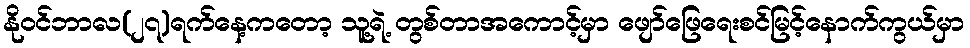
နိုဝင်ဘာလ(၂၇)ရက်နေ့ကတော့ သူ့ရဲ့ တွစ်တာအကောင့်မှာ ဖျော်ဖြေရေးစင်မြင့်နောက်ကွယ်မှာ